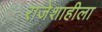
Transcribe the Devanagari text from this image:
राजेशाहीला